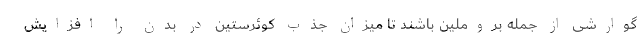
گوارشی از جمله بروملین باشند تا میزان جذب کوئرستین در بدن را افزایش